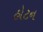
હોટન